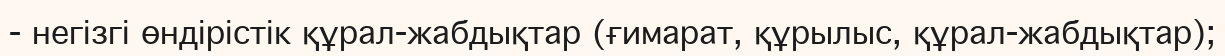
- негізгі өндірістік құрал-жабдықтар (ғимарат, құрылыс, құрал-жабдықтар);